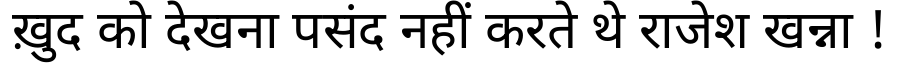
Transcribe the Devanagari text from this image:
ख़ुद को देखना पसंद नहीं करते थे राजेश खन्ना !